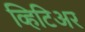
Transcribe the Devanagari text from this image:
व्हिटिअर